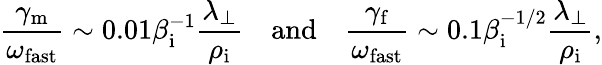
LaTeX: \frac{\gamma_{\mathrm{m}}}{\omega_{\mathrm{fast}}}\sim 0.01\beta_{\mathrm{i}}^{-1}\frac{\lambda_{\perp}}{\rho_{\mathrm{i}}}\quad\mathrm{and}\quad\frac{\gamma_{\mathrm{f}}}{\omega_{\mathrm{fast}}}\sim 0.1\beta_{\mathrm{i}}^{-1/2}\frac{\lambda_{\perp}}{\rho_{\mathrm{i}}},